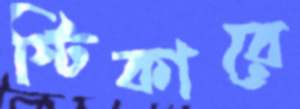
স্টিকারে